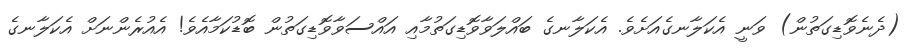
(ދެނެވޮޑިގަތުން) ވަނީ އެކަލާނގެއަށެވެ. އެކަލާނގެ ބައްލަވާވޮޑިގަތުމާއި އައްސަވާވޮޑިގަތުން ބޮޑުކަމާއެވެ! އެއުރެންނަށް އެކަލާނގެ